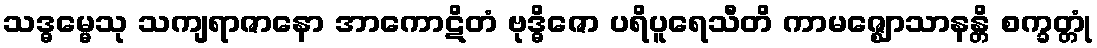
သဒ္ဓမ္မေသု သကျရာဇာနော အာကောဋိတံ ဗုဒ္ဓိဇော ပရိပူရေသီတိ ကာမဇ္ဈောသာနန္တိ စက္ခတ္တုံ